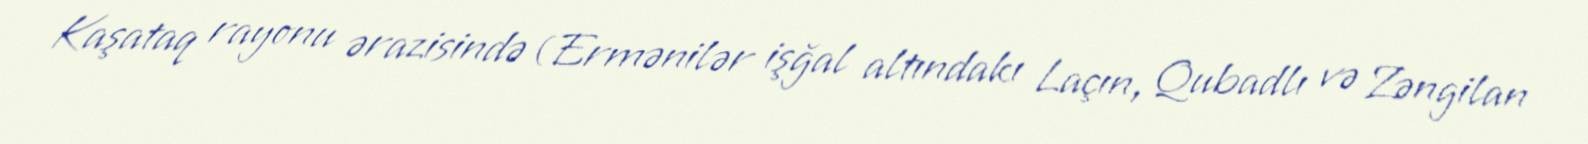
Kaşataq rayonu ərazisində (Ermənilər işğal altındakı Laçın, Qubadlı və Zəngilan